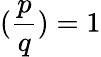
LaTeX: ({\frac{p}{q}})=1